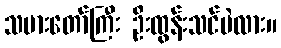
သမားတော်ကြီး ဦးထွန်းသင်ပဲလား။